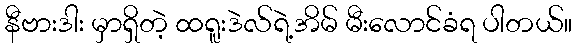
နီဗားဒါး မှာရှိတဲ့ ထရူးဒဲလ်ရဲ့အိမ် မီးလောင်ခံရ ပါတယ်။